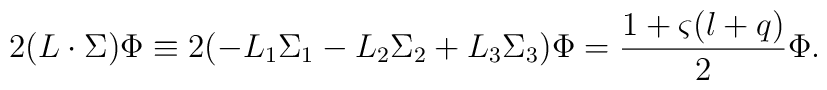
2(L\cdot \Sigma)\Phi\equiv 2(-L_1\Sigma_1-L_2\Sigma_2+L_3\Sigma_3)\Phi  =\frac{1+\varsigma(l+q)}{2}\Phi.